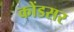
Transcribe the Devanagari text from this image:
कोंडसर